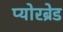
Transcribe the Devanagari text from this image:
प्योरब्रेड